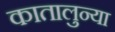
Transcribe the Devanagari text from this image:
कातालुन्या